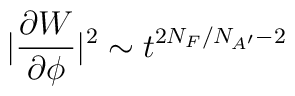
|\frac{\partial W}{\partial\phi}|^2 \sim t^{2 N_F/N_{A'} -2}